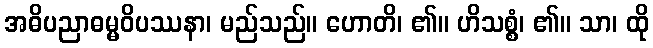
အဓိပညာဓမ္မဝိပဿနာ၊ မည်သည်။ ဟောတိ၊ ၏။ ဟိသစ္စံ၊ ၏။ သာ၊ ထို